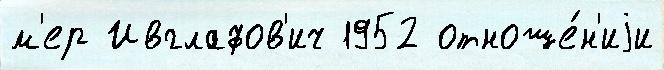
м'ер Ивглафов'ич 1952 отноше́н'иjи